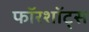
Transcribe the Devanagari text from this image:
फॉरशॉट्स